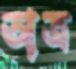
অত্র